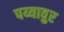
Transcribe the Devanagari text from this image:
पय्यावुर